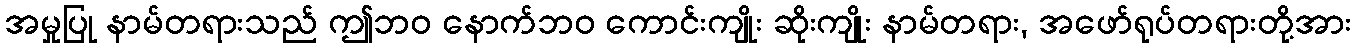
အမှုပြု နာမ်တရားသည် ဤဘဝ နောက်ဘဝ ကောင်းကျိုး ဆိုးကျိုး နာမ်တရား, အဖော်ရုပ်တရားတို့အား